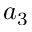
a _ { 3 }